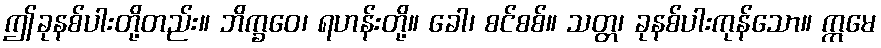
ဤခုနစ်ပါးတို့တည်း။ ဘိက္ခဝေ၊ ရဟန်းတို့။ ခေါ၊ စင်စစ်။ သတ္တ၊ ခုနစ်ပါးကုန်သော။ ဣမေ